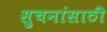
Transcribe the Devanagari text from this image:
सुचनांसाठी